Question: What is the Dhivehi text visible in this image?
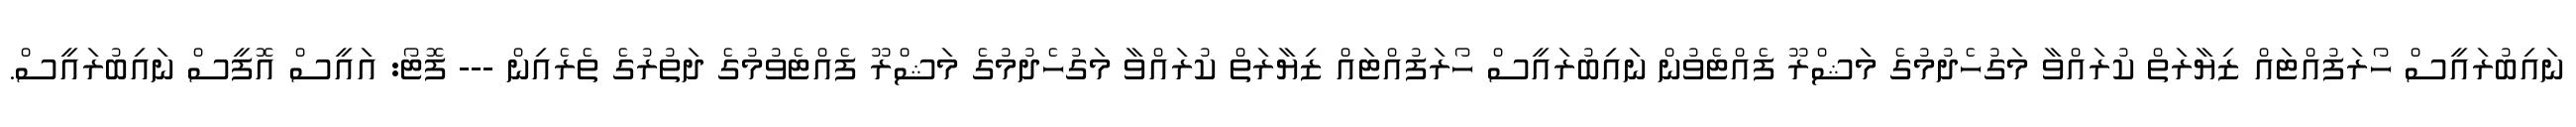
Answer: ނައިބުރައީސް ހޯރަފުއްޓައް ޒިޔާރަތް ކުރައްވާ މަގުހެދުމުގެ މަޝްރޫ ފެއްޓެވުން ނައިބުރައީސް ހޯރަފުއްޓައް ޒިޔާރަތް ކުރައްވާ މަގުހެދުމުގެ މަޝްރޫ ފެއްޓެވުމުގެ ދަތުރުގެ ތެރެއިން --- ފޮޓޯ: އައީސް އޮފީސް ނައިބުރައީސް.